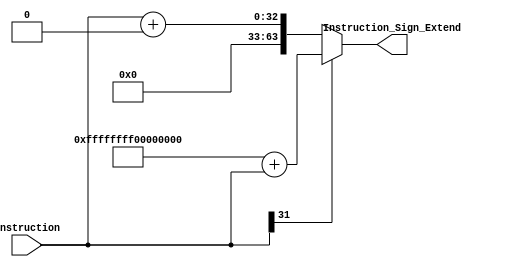
`timescale 1ns / 1ps
//////////////////////////////////////////////////////////////////////////////////
// Company: 
// Engineer: 
// 
// Design Name: 
// Module Name: Sign_Extend
// Project Name: 
// Target Devices: 
// Tool Versions: 
// Description: 
// 
// Dependencies: 
// 
// Revision:
// Revision 0.01 - File Created
// Additional Comments:
// 
//////////////////////////////////////////////////////////////////////////////////


module Sign_Extend(
input wire [31:0]Instruction,
output wire [63:0]Instruction_Sign_Extend
);
assign Instruction_Sign_Extend = Instruction[31] ? ('hffffffff00000000 + Instruction) : Instruction+64'b0;
endmodule